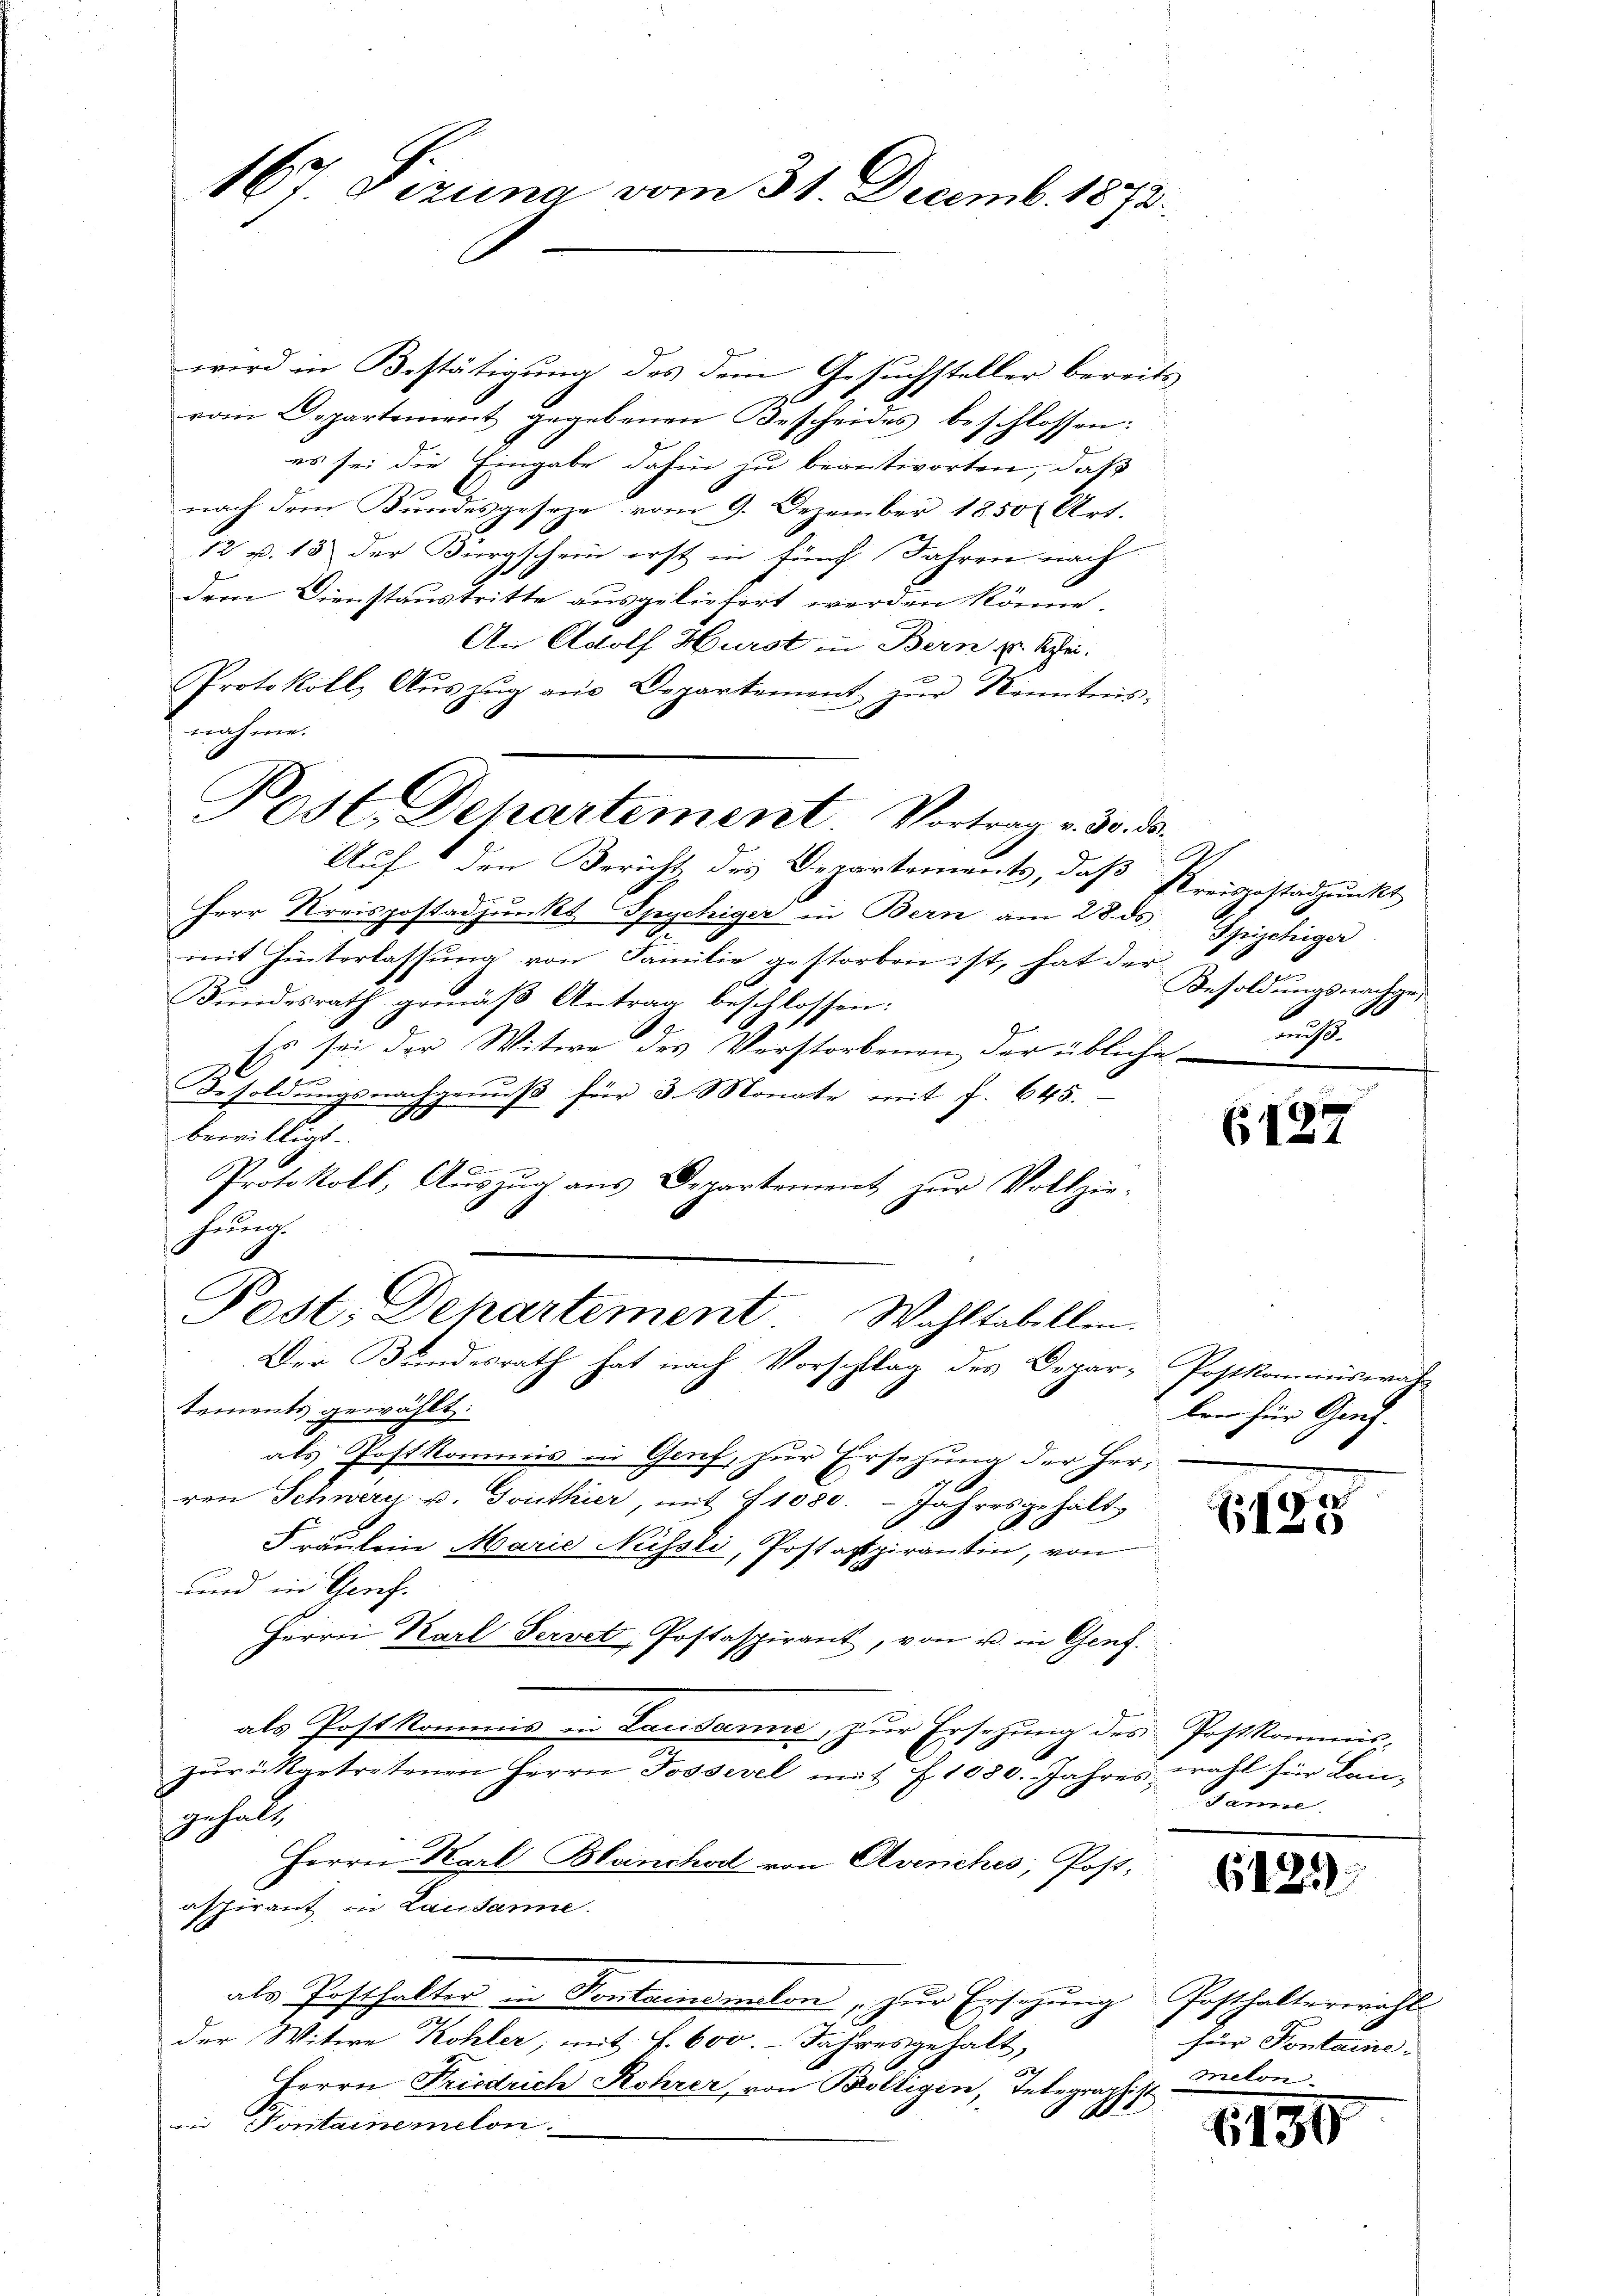
167. Sizung vom 31. Decemb. 1873.

wird in Bestätigung des dem Gesuchsteller bereits
vom Departement gegebenen Bescheides beschlossen:
es sei die Eingabe dahin zu beantworten, daß
nach dem Bundesgeseze vom 9. Dezember 1850 Art.
12 p. 13 der Bürgschein erst in fürch. Jahren nach
dem Dienstaustritte ausgeliefert werden könne.
An Adolf Hurst in Bern zu Schei-
Protokoll, Aŭszŭg an Departement zŭr Kenntnis-
Auf den Bericht des Departements, daß Preisgestandpunkt
Herr Kreispostadpŭnkt Spychiger in Bern am 28. ds Spizchiger
mit Hinterlassung von Familie gestorben ist, hat der
Kindesrath gemäß Antrag beschlossen:
Es sei der Witwe des Verstorbenen der übliche auß¬
Besoldungsnachgenuß für 3. Monate mit f. 645.
A
bewilligt.
170
Protokoll, Aŭszŭg ans Departement zŭr Vollzie-
hauung.
Post, Dehartement Wahltabellen.
Der Bundesrath hat nach Vorschlag des Depar-Postkommiswal
tements gewählt:
als Postkommis in Genf, zur Ersehung der Herren Schwerz u. Gouthier, mit 71080. Jahresgehalt
Fräulein Marie Niessli, Postaspirantin, von
und in Geneh-
Herrn Karl Servet, Postaspirant, von u. in Genf.
als Postkommis in Lausanne, zur Ersetzung des Postkommis-
e
zurükgetretenen Herrn Jossevel mit § 1080. Jahres wahl für Langehalt
Herrn Karl Blanchor von Avenches, Post,
aspirant in Lausanne.
als Posthalter in Kontaionalen, zur Ersezung Posthalterwähle
der Witwe Kohler, mit f. 600. Jahresgehalt,
Herrn Friedrich Rohrer, von Bolligen, Telegraphist
 B.
u Sontainemelon

nahme.
Post Dehartement. Vortrag v. 30. d.

Besoldungsnachge¬

len für Genf.

Janne.

für Pontaine.
melon.

(127

de
130

6125

6130